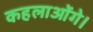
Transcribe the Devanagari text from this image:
कहलाओंगे।